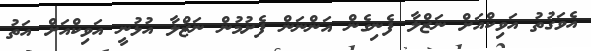
އެވަގުތު އަވިކްއަށް ނަޒްލާ ފެނިގެން އަންނަން ފެށުމުން ނަޒްލާ އުޅުނީ އަވިކްއަށް އަތު